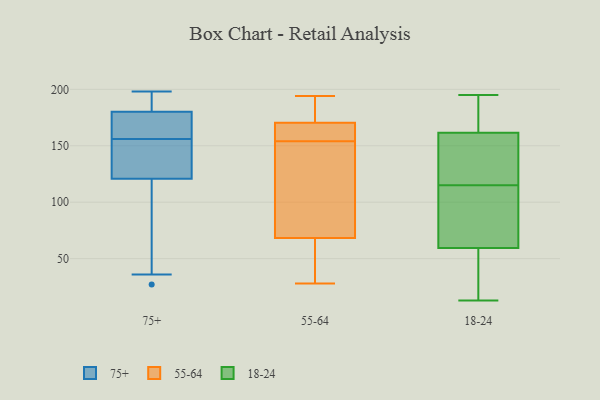
{"axis": {"x": "Humidity (%)", "y": "Value"}, "legend": ["18-24", "55-64", "75+"], "data": [{"x": "", "y": 117, "type": "75+"}, {"x": "", "y": 156, "type": "75+"}, {"x": "", "y": 186, "type": "75+"}, {"x": "", "y": 184, "type": "75+"}, {"x": "", "y": 156, "type": "75+"}, {"x": "", "y": 27, "type": "75+"}, {"x": "", "y": 132, "type": "75+"}, {"x": "", "y": 169, "type": "75+"}, {"x": "", "y": 88, "type": "75+"}, {"x": "", "y": 187, "type": "75+"}, {"x": "", "y": 162, "type": "75+"}, {"x": "", "y": 148, "type": "75+"}, {"x": "", "y": 166, "type": "75+"}, {"x": "", "y": 198, "type": "75+"}, {"x": "", "y": 36, "type": "75+"}, {"x": "", "y": 28, "type": "55-64"}, {"x": "", "y": 172, "type": "55-64"}, {"x": "", "y": 70, "type": "55-64"}, {"x": "", "y": 194, "type": "55-64"}, {"x": "", "y": 96, "type": "55-64"}, {"x": "", "y": 62, "type": "55-64"}, {"x": "", "y": 167, "type": "55-64"}, {"x": "", "y": 154, "type": "55-64"}, {"x": "", "y": 160, "type": "55-64"}, {"x": "", "y": 93, "type": "55-64"}, {"x": "", "y": 181, "type": "55-64"}, {"x": "", "y": 154, "type": "55-64"}, {"x": "", "y": 53, "type": "55-64"}, {"x": "", "y": 170, "type": "55-64"}, {"x": "", "y": 63, "type": "55-64"}, {"x": "", "y": 193, "type": "55-64"}, {"x": "", "y": 113, "type": "55-64"}, {"x": "", "y": 115, "type": "18-24"}, {"x": "", "y": 62, "type": "18-24"}, {"x": "", "y": 65, "type": "18-24"}, {"x": "", "y": 140, "type": "18-24"}, {"x": "", "y": 141, "type": "18-24"}, {"x": "", "y": 182, "type": "18-24"}, {"x": "", "y": 195, "type": "18-24"}, {"x": "", "y": 100, "type": "18-24"}, {"x": "", "y": 120, "type": "18-24"}, {"x": "", "y": 182, "type": "18-24"}, {"x": "", "y": 57, "type": "18-24"}, {"x": "", "y": 13, "type": "18-24"}, {"x": "", "y": 45, "type": "18-24"}, {"x": "", "y": 186, "type": "18-24"}, {"x": "", "y": 115, "type": "18-24"}, {"x": "", "y": 44, "type": "18-24"}]}